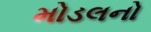
મોડલનો